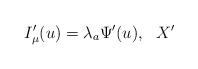
LaTeX: \begin{align*}I_\mu^{\prime}(u)=\lambda_a \Psi^{\prime}(u), \,\, \,\, X^{\prime}\end{align*}